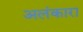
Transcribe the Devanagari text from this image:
अलंकारा